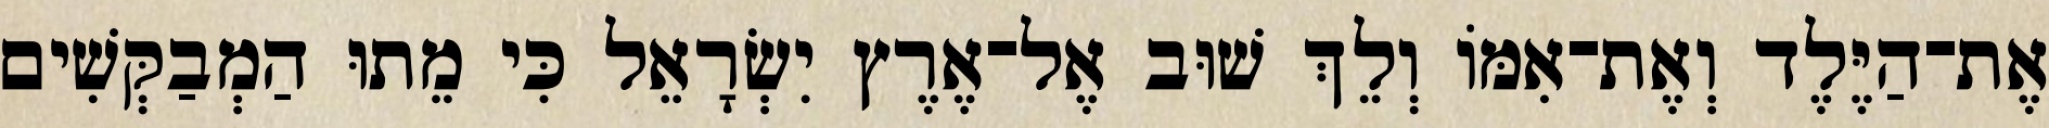
אֶת־הַיֶּלֶד וְאֶת־אִמּוֹ וְלֵךְ שׁוּב אֶל־אֶרֶץ יִשְׂרָאֵל כִּי מֵתוּ הַמְבַקְּשִׁים